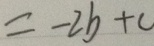
= - 2 b + c